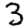
Digit: 3